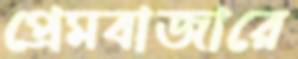
প্রেমবাজারে